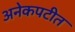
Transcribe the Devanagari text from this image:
अनेकपटीत